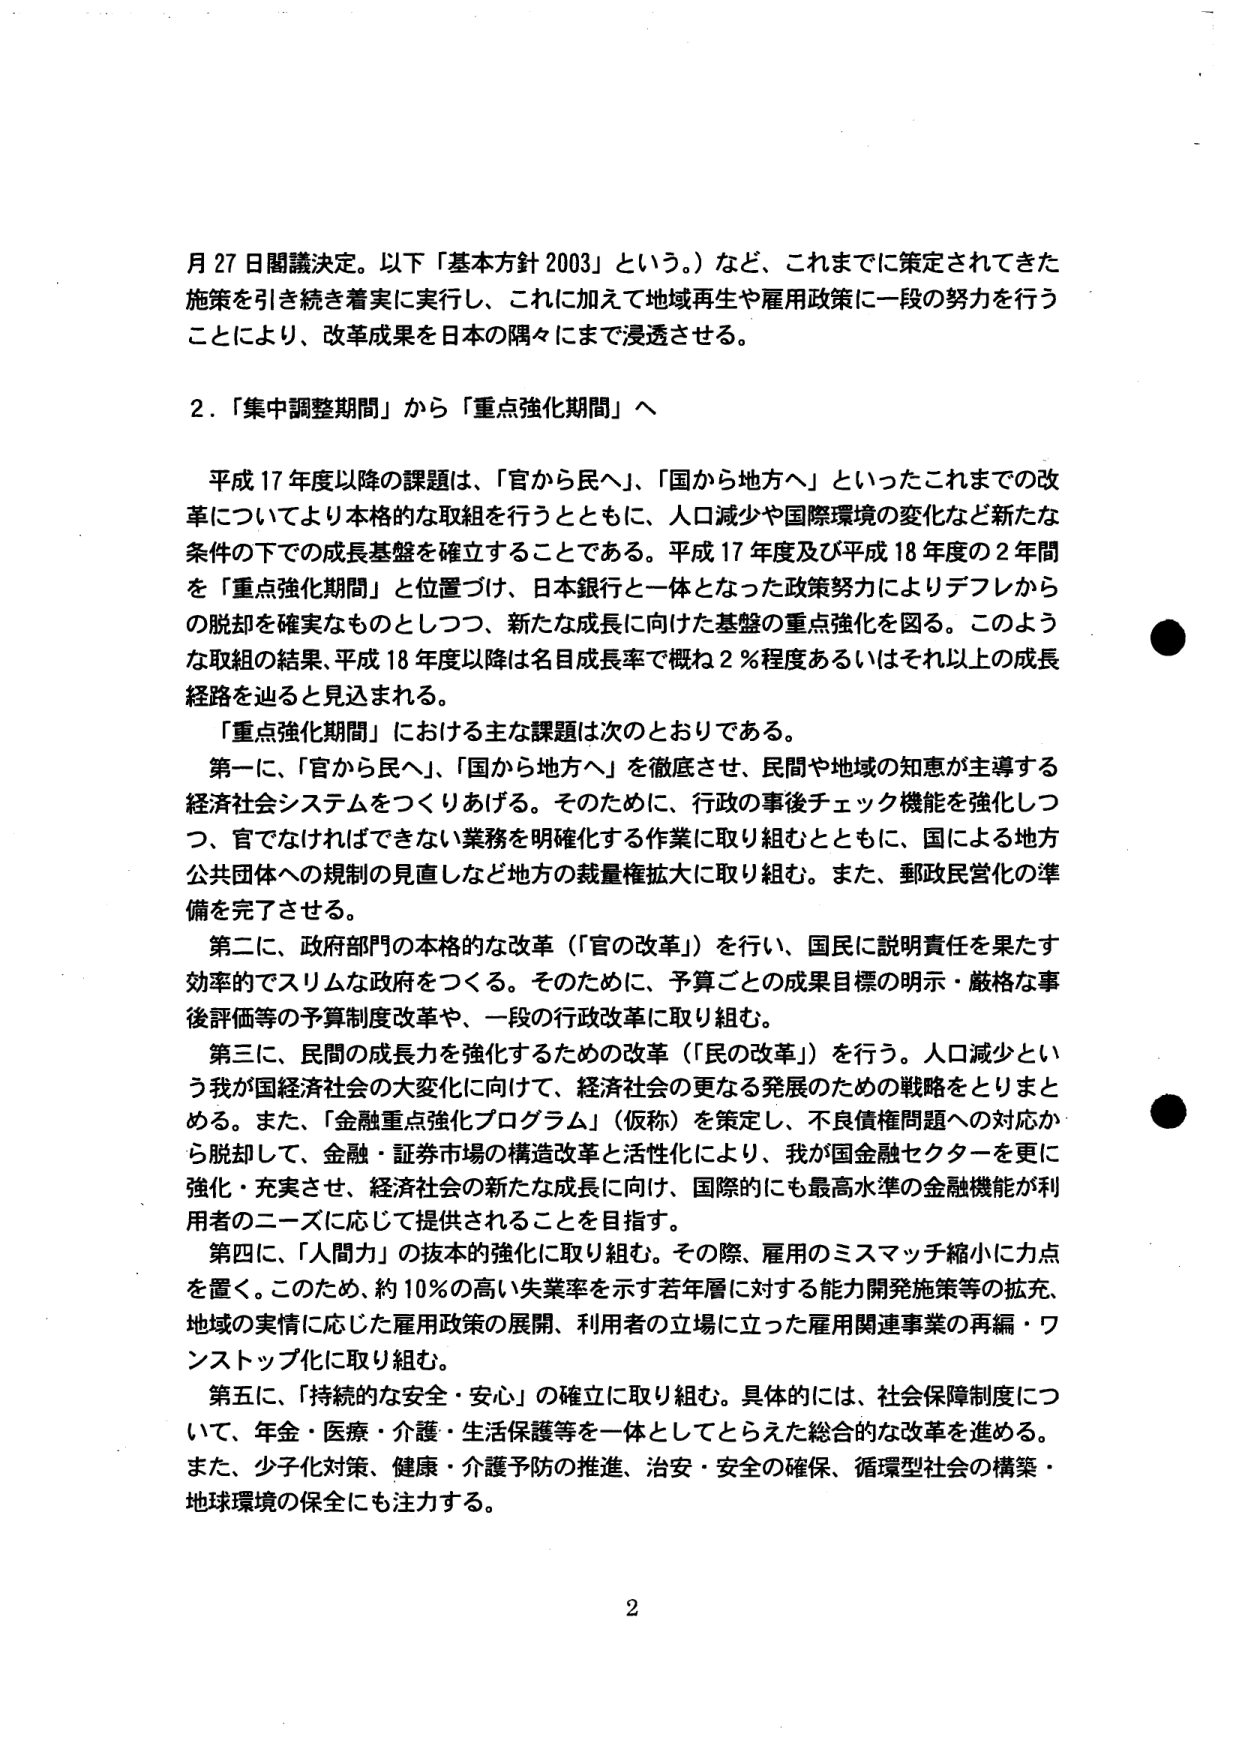
月27日閣議決定。以下「基本方針2003」という。）など、これまでに策定されてきた施策を引き続き着実に実行し、これに加えて地域再生や雇用政策に一段の努力を行うことにより、改革成果を日本の隅々にまで浸透させる。

2．「集中調整期間」から「重点強化期間」へ

平成17年度以降の課題は、「官から民へ」、「国から地方へ」といったこれまでの改革についてより本格的な取組を行うとともに、人口減少や国際環境の変化など新たな条件の下での成長基盤を確立することである。平成17年度及び平成18年度の2年間を「重点強化期間」と位置づけ、日本銀行と一体となった政策努力によりデフレからの脱却を確実なものとしつつ、新たな成長に向けた基盤の重点強化を図る。このような取組の結果、平成18年度以降は名目成長率で概ね2％程度あるいはそれ以上の成長経路を辿ると見込まれる。

「重点強化期間」における主な課題は次のとおりである。

第一に、「官から民へ」、「国から地方へ」を徹底させ、民間や地域の知恵が主導する経済社会システムをつくりあげる。そのために、行政の事後チェック機能を強化しつつ、官でなければできない業務を明確化する作業に取り組むとともに、国による地方公共団体への規制の見直しなど地方の裁量権拡大に取り組む。また、郵政民営化の準備を完了させる。

第二に、政府部門の本格的な改革（「官の改革」）を行い、国民に説明責任を果たす効率的でスリムな政府をつくる。そのために、予算ごとの成果目標の明示・厳格な事後評価等の予算制度改革や、一段の行政改革に取り組む。

第三に、民間の成長力を強化するための改革（「民の改革」）を行う。人口減少という我が国経済社会の大変化に向けて、経済社会の更なる発展のための戦略をとりまとめる。また、「金融重点強化プログラム」（仮称）を策定し、不良債権問題への対応から脱却して、金融・証券市場の構造改革と活性化により、我が国金融セクターを更に強化・充実させ、経済社会の新たな成長に向け、国際的にも最高水準の金融機能が利用者のニーズに応じて提供されることを目指す。

第四に、「人間力」の抜本的強化に取り組む。その際、雇用のミスマッチ縮小に力点を置く。このため、約10％の高い失業率を示す若年層に対する能力開発施策等の拡充、地域の実情に応じた雇用政策の展開、利用者の立場に立った雇用関連事業の再編・ワンストップ化に取り組む。

第五に、「持続的な安全・安心」の確立に取り組む。具体的には、社会保障制度について、年金・医療・介護・生活保護等を一体としてとらえた総合的な改革を進める。また、少子化対策、健康・介護予防の推進、治安・安全の確保、循環型社会の構築・地球環境の保全にも注力する。

2